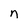
Character: n